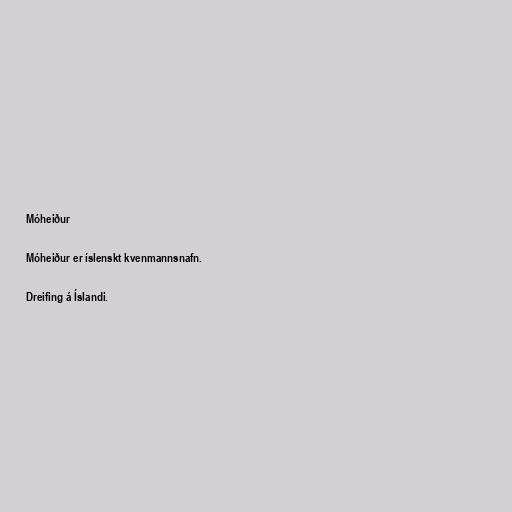
Móheiður

Móheiður er íslenskt kvenmannsnafn.

Dreifing á Íslandi.